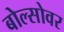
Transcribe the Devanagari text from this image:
बोल्सोवर